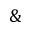
\&